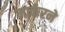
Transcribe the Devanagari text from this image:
मार्करने